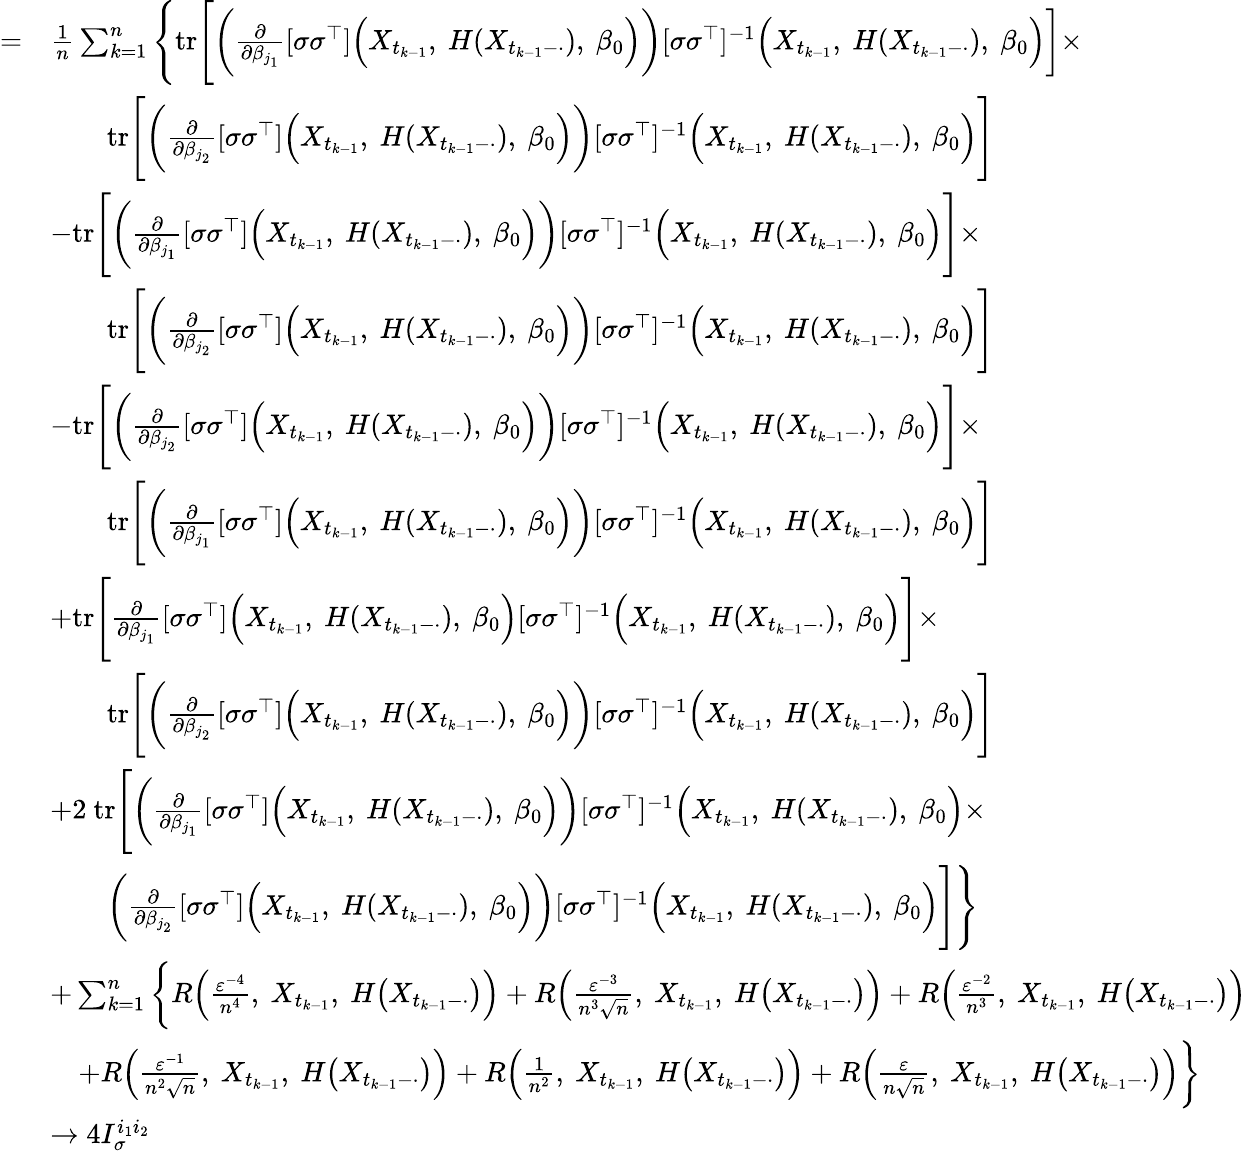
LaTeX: \begin{array}{rl}{=}&{\frac{1}{n}\sum_{k=1}^{n}\Bigg\{ \mathrm{tr}\Bigg[\bigg(\frac{\partial}{\partial\beta_{j_{1}}}[\sigma\sigma^{\top}]\Big(X_{t_{k-1}},~H(X_{t_{k-1}-\cdot}),~\beta_{0}\Big)\bigg)[\sigma\sigma^{\top}]^{-1}\Big(X_{t_{k-1}},~H(X_{t_{k-1}-\cdot}),~\beta_{0}\Big)\bigg]\times}\\ &{\qquad\mathrm{tr}\Bigg[\bigg(\frac{\partial}{\partial\beta_{j_{2}}}[\sigma\sigma^{\top}]\Big(X_{t_{k-1}},~H(X_{t_{k-1}-\cdot}),~\beta_{0}\Big)\bigg)[\sigma\sigma^{\top}]^{-1}\Big(X_{t_{k-1}},~H(X_{t_{k-1}-\cdot}),~\beta_{0}\Big)\Bigg]}\\ &{-\mathrm{tr}\Bigg[\bigg(\frac{\partial}{\partial\beta_{j_{1}}}[\sigma\sigma^{\top}]\Big(X_{t_{k-1}},~H(X_{t_{k-1}-\cdot}),~\beta_{0}\Big)\bigg)[\sigma\sigma^{\top}]^{-1}\Big(X_{t_{k-1}},~H(X_{t_{k-1}-\cdot}),~\beta_{0}\Big)\Bigg]\times}\\ &{\qquad\mathrm{tr}\Bigg[\bigg(\frac{\partial}{\partial\beta_{j_{2}}}[\sigma\sigma^{\top}]\Big(X_{t_{k-1}},~H(X_{t_{k-1}-\cdot}),~\beta_{0}\Big)\bigg)[\sigma\sigma^{\top}]^{-1}\Big(X_{t_{k-1}},~H(X_{t_{k-1}-\cdot}),~\beta_{0}\Big)\Bigg]}\\ &{-\mathrm{tr}\Bigg[\bigg(\frac{\partial}{\partial\beta_{j_{2}}}[\sigma\sigma^{\top}]\Big(X_{t_{k-1}},~H(X_{t_{k-1}-\cdot}),~\beta_{0}\Big)\bigg)[\sigma\sigma^{\top}]^{-1}\Big(X_{t_{k-1}},~H(X_{t_{k-1}-\cdot}),~\beta_{0}\Big)\Bigg]\times}\\ &{\qquad\mathrm{tr}\Bigg[\bigg(\frac{\partial}{\partial\beta_{j_{1}}}[\sigma\sigma^{\top}]\Big(X_{t_{k-1}},~H(X_{t_{k-1}-\cdot}),~\beta_{0}\Big)\bigg)[\sigma\sigma^{\top}]^{-1}\Big(X_{t_{k-1}},~H(X_{t_{k-1}-\cdot}),~\beta_{0}\Big)\Bigg]}\\ &{+\mathrm{tr}\Bigg[\frac{\partial}{\partial\beta_{j_{1}}}[\sigma\sigma^{\top}]\Big(X_{t_{k-1}},~H(X_{t_{k-1}-\cdot}),~\beta_{0}\Big)[\sigma\sigma^{\top}]^{-1}\Big(X_{t_{k-1}},~H(X_{t_{k-1}-\cdot}),~\beta_{0}\Big)\Bigg]\times}\\ &{\qquad\mathrm{tr}\Bigg[\bigg(\frac{\partial}{\partial\beta_{j_{2}}}[\sigma\sigma^{\top}]\Big(X_{t_{k-1}},~H(X_{t_{k-1}-\cdot}),~\beta_{0}\Big)\bigg)[\sigma\sigma^{\top}]^{-1}\Big(X_{t_{k-1}},~H(X_{t_{k-1}-\cdot}),~\beta_{0}\Big)\Bigg]}\\ &{+2~\mathrm{tr}\Bigg[\bigg(\frac{\partial}{\partial\beta_{j_{1}}}[\sigma\sigma^{\top}]\Big(X_{t_{k-1}},~H(X_{t_{k-1}-\cdot}),~\beta_{0}\Big)\bigg)[\sigma\sigma^{\top}]^{-1}\Big(X_{t_{k-1}},~H(X_{t_{k-1}-\cdot}),~\beta_{0}\Big)\times}\\ &{\qquad\bigg(\frac{\partial}{\partial\beta_{j_{2}}}[\sigma\sigma^{\top}]\Big(X_{t_{k-1}},~H(X_{t_{k-1}-\cdot}),~\beta_{0}\Big)\bigg)[\sigma\sigma^{\top}]^{-1}\Big(X_{t_{k-1}},~H(X_{t_{k-1}-\cdot}),~\beta_{0}\Big)\Bigg]\Bigg\} }\\ &{+\sum_{k=1}^{n}\bigg\{ R\Big(\frac{\varepsilon^{-4}}{n^{4}},~X_{t_{k-1}},~H\big(X_{t_{k-1}-\cdot}\big)\Big)+R\Big(\frac{\varepsilon^{-3}}{n^{3}\sqrt{n}},~X_{t_{k-1}},~H\big(X_{t_{k-1}-\cdot}\big)\Big)+R\Big(\frac{\varepsilon^{-2}}{n^{3}},~X_{t_{k-1}},~H\big(X_{t_{k-1}-\cdot}\big)\Big)}\\ &{\quad+R\Big(\frac{\varepsilon^{-1}}{n^{2}\sqrt{n}},~X_{t_{k-1}},~H\big(X_{t_{k-1}-\cdot}\big)\Big)+R\Big(\frac{1}{n^{2}},~X_{t_{k-1}},~H\big(X_{t_{k-1}-\cdot}\big)\Big)+R\Big(\frac{\varepsilon}{n\sqrt{n}},~X_{t_{k-1}},~H\big(X_{t_{k-1}-\cdot}\big)\Big)\bigg\} }\\ &{\rightarrow 4I_{\sigma}^{i_{1}i_{2}}}\end{array}